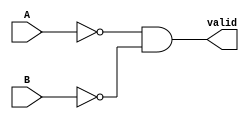
module grover_compare00(A, B, valid);
    input A, B;
    output valid;
    assign valid = (~A) & (~B);
endmodule